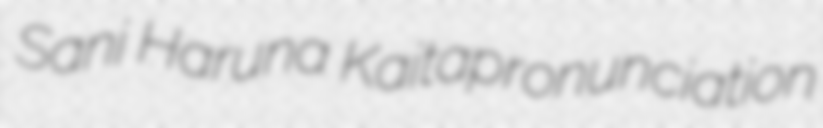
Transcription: Sani Haruna Kaitapronunciation